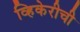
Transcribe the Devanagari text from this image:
व्हिकेरीची